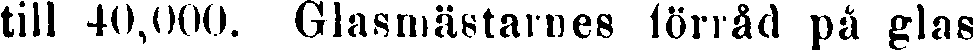
till 40,000. Glasmätstarnes förråd på glas